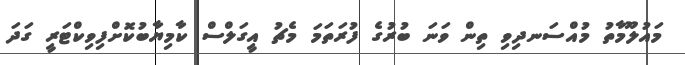
މައުލޫމާތު މުއްސަނދިވި ތިން ވަނަ ބުރުގެ ފުރަތަމަ މެޗު އީގަލްސް ކާމިޔާބުކޮށްފިވިކްޓަރީ ގަދަ